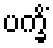
ပက္ခိံ